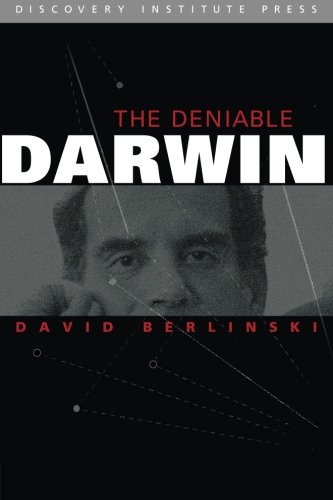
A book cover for The Deniable Darwin and Other Essays; David Berlinski Ph.D.; Science & Math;